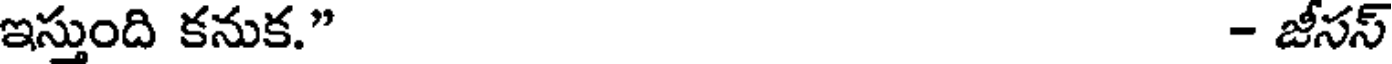
ఇస్తుంది కనుక." - జీసస్